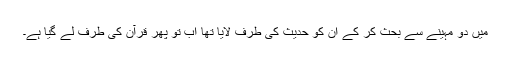
میں دو مہینے سے بحث کر کے ان کو حدیث کی طرف لایا تھا اب تو پھر قرآن کی طرف لے گیا ہے۔